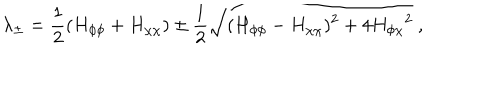
\lambda _ { \pm } = \frac { 1 } { 2 } ( H _ { \phi \phi } + H _ { \chi \chi } ) \pm \frac { 1 } { 2 } \sqrt { ( H _ { \phi \phi } - H _ { \chi \chi } ) ^ { 2 } + 4 { H _ { \phi \chi } } ^ { 2 } } ~ ,